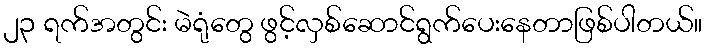
၂၃ ရက်အတွင်း မဲရုံတွေ ဖွင့်လှစ်ဆောင်ရွက်ပေးနေတာဖြစ်ပါတယ်။